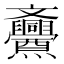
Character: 𱡧